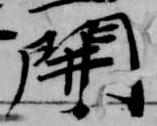
開